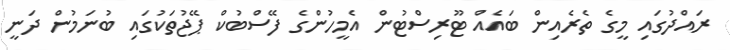
ރައްދުގައި މީގެ ތެރެއިން ބައެއް ޓޫރިސްޓުން އެމީހުންގެ ފޭސްބުކް ޕޭޖުތަކުގައި ބުނަމުން ދަނީ